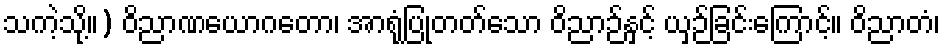
သကဲ့သို့။) ဝိညာဏယောဂတော၊ အာရုံပြုတတ်သော ဝိညာဉ်နှင့် ယှဉ်ခြင်းကြောင့်။ ဝိညာတံ၊